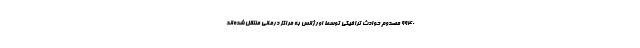
۹۹۴۰ مصدوم حوادث ترافیکی توسط اورژانس به مراکز درمانی منتقل شده‌اند